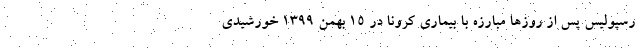
رسپولیس پس از روزها مبارزه با بیماری کرونا در ۱۵ بهمن ۱۳۹۹ خورشیدی